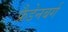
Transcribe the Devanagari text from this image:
फ्रैडेनबर्ग